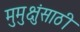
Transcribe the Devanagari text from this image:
मुमुक्षुंसाठी